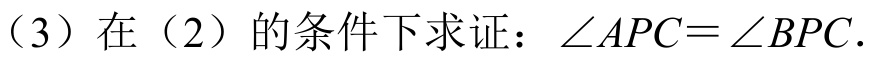
(3) 在 (2) 的条件下求证：\(\angle APC=\angle BPC\).